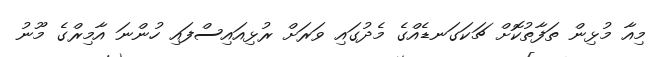
މިއާ މުޅިން ތަފާތުކޮށް ޗަކަގަނޑެއްގެ މެދުގައި ވަރަށް ރުޅިއައިސްފައި ހުންނަ އާމިރްގެ މޫނު